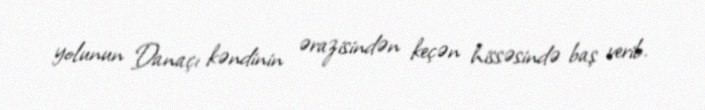
yolunun Danaçı kəndinin ərazisindən keçən hissəsində baş verib.